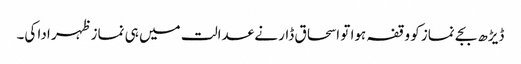
ڈیڑھ بجے نماز کو وقفہ ہوا تو اسحاق ڈار نے عدالت میں ہی نماز ظہر ادا کی۔